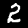
Label: 2